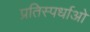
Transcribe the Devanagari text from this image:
प्रतिस्पर्धाओ